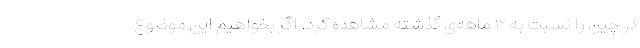
در چین را نسبت به ۳ ماهه‌ی گذشته مشاهده کرد. اگر بخواهیم این موضوع